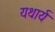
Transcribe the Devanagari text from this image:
यथार्य